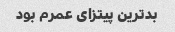
بدترین پیتزای عمرم بود